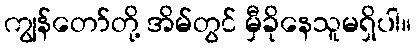
ကျွန်တော်တို့ အိမ်တွင် မှီခိုနေသူမရှိပါ။